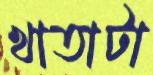
খাতাটা